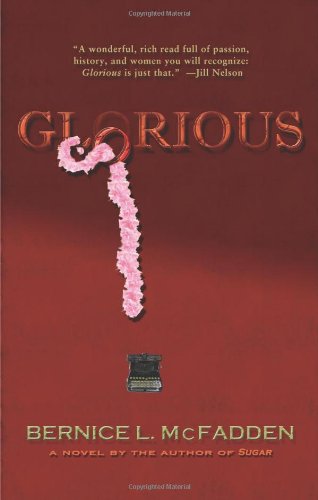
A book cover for Glorious; Bernice L. McFadden; Literature & Fiction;